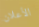
الأعلان